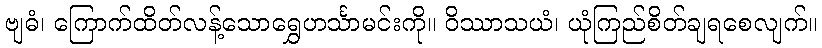
ဗျဓံ၊ ကြောက်ထိတ်လန့်သောရွှေဟင်္သာမင်းကို။ ဝိဿာသယံ၊ ယုံကြည်စိတ်ချရစေလျက်။